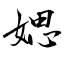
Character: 媤